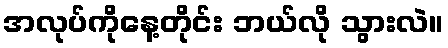
အလုပ်ကိုနေ့တိုင်း ဘယ်လို သွားလဲ။